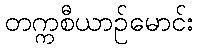
တက္ကစီယာဉ်မောင်း